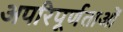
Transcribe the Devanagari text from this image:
अपरिपूर्णताओं